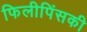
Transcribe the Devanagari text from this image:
फिलीपिंसकी